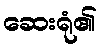
ဆေးရုံ၏